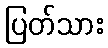
ပြတ်သား